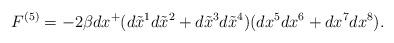
LaTeX: \begin{align*}F^{(5)} = - 2\beta dx^+ ( d\tilde{x}^1 d\tilde{x}^2 + d\tilde{x}^3 d\tilde{x}^4) ( dx^5 dx^6 + dx^7 dx^8 ).\end{align*}